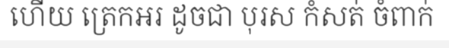
ហើយ ត្រេកអរ ដូចជា បុរស កំសត់ ចំពាក់